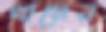
খামেন